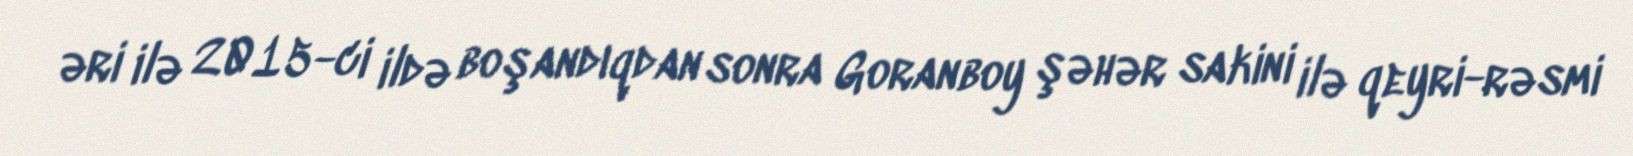
əri ilə 2015-ci ildə boşandıqdan sonra Goranboy şəhər sakini ilə qeyri-rəsmi